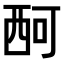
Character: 𧟫